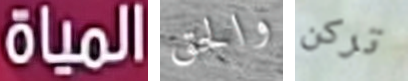
المياه والحق تركن